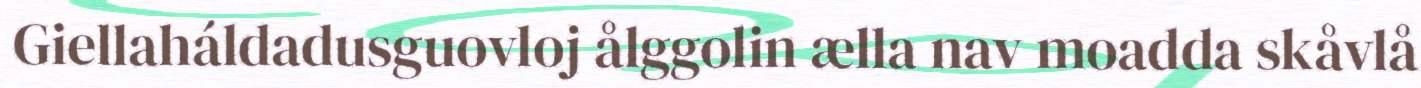
Giellaháldadusguovloj ålggolin ælla nav moadda skåvlå